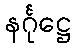
နင်္ဂုဋ္ဌေ